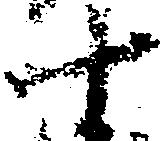
十